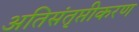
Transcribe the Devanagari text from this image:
अतिसंतृप्तीकरण